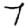
Digit: 7